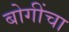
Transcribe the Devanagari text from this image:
बोगींचा